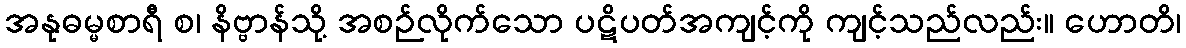
အနုဓမ္မစာရီ စ၊ နိဗ္ဗာန်သို့ အစဉ်လိုက်သော ပဋိပတ်အကျင့်ကို ကျင့်သည်လည်း။ ဟောတိ၊